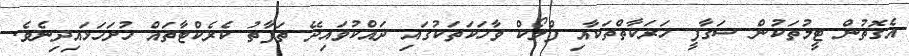
އެގޮތުން ޓީމުތަކުން ސަގާފީ ހަރަކާތްތަކާއި ފްލޯކް ވާހަކަތަކުގައި ދައްކުވައިދޭ ތަފާތު ކެރެކްޓާތައް ހުށަހަޅައިދިނެވެ.